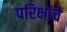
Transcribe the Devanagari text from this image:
परिक्षांचे